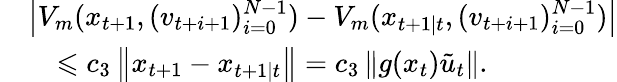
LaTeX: \begin{array}{rl}&{\left|V_{m}(x_{t+1},(v_{t+i+1})_{i=0}^{N-1})-V_{m}(x_{t+1\mid t},(v_{t+i+1})_{i=0}^{N-1})\right|}\\ &{\quad\leqslant c_{3}\left\| x_{t+1}-x_{t+1\mid t}\right\| =c_{3}\left\| g(x_{t})\tilde{u}_{t}\right\| .}\end{array}